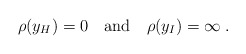
\begin{align*}\rho (y_{H})=0\quad \textrm{and}\quad \rho (y_{I})=\infty \; .\end{align*}